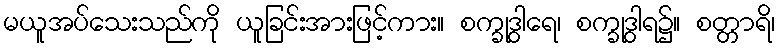
မယူအပ်သေးသည်ကို ယူခြင်းအားဖြင့်ကား။ စက္ခုဒွါရေ၊ စက္ခုဒွါရ၌။ စတ္တာရိ၊